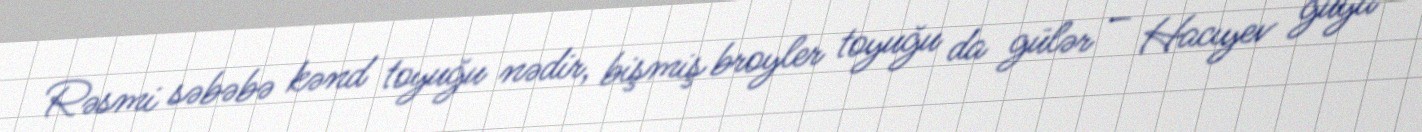
Rəsmi səbəbə kənd toyuğu nədir, bişmiş broyler toyuğu da gülər – Hacıyev guya